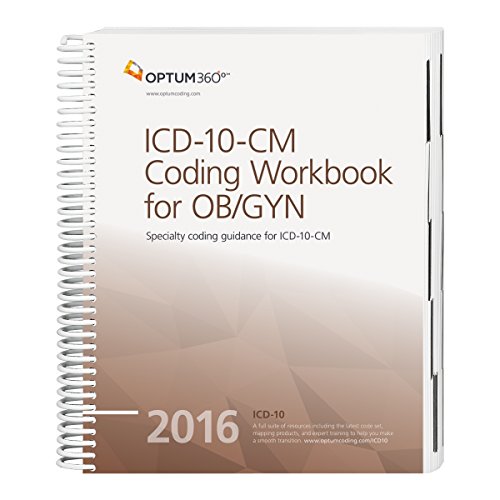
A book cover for ICD-10-CM Coding Workbook for OB/GYN 2016; Optum360; Medical Books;